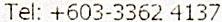
TEL: +603-3362 4137